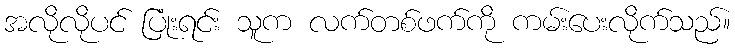
အလိုလိုပင် ပြုံးရင်း သူက လက်တစ်ဖက်ကို ကမ်းပေးလိုက်သည်။